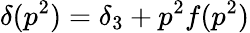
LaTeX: \delta(p^{2})=\delta_{3}+p^{2}f(p^{2})